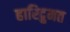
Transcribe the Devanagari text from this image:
हारिद्रुमत